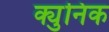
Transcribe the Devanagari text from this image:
क्युनिक